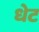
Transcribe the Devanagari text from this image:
धेट